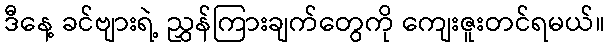
ဒီနေ့ ခင်ဗျားရဲ့ ညွှန်ကြားချက်တွေကို ကျေးဇူးတင်ရမယ်။